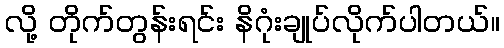
လို့ တိုက်တွန်းရင်း နိဂုံးချုပ်လိုက်ပါတယ်။